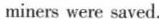
miners were saved.